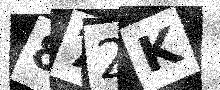
Text: 872K